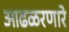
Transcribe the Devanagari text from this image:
आढळरणारे